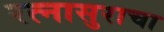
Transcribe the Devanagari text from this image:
रत्नासुराचा